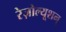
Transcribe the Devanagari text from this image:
रेज़ोल्यूशन्